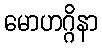
မောဟဂ္ဂိနာ